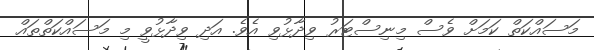
މަސައްކަތް ކަމަށް ވެސް މިނިސްޓަރު ވިދާޅުވި އެވެ. އަދި ވިދާޅުވީ މި މަސައްކަތްތައް